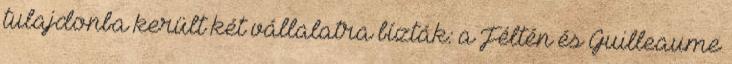
tulajdonba került két vállalatra bízták: a Féltén és Guilleaume